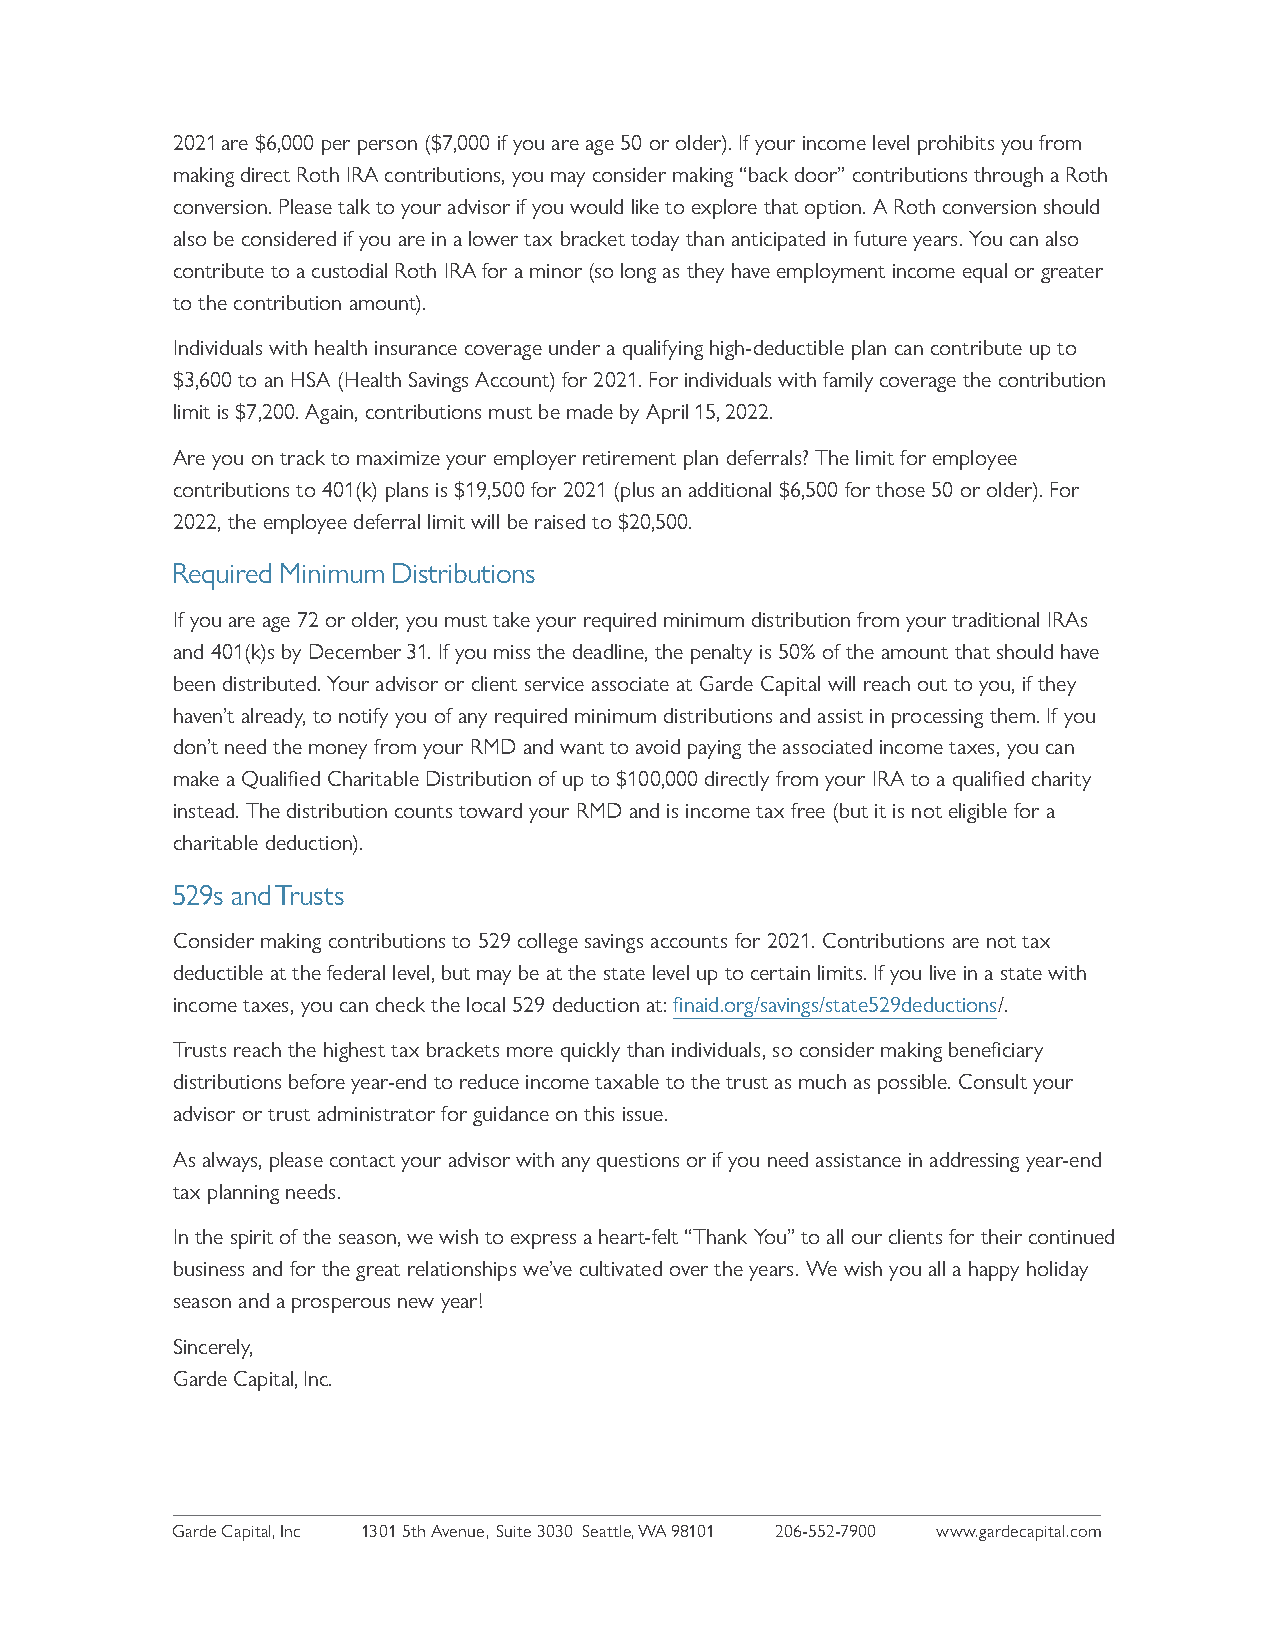
2021 are $6,000 per person ($7,000 if you are age 50 or older). If your income level prohibits you from
 making direct Roth IRA contributions, you may consider making “back door” contributions through a Roth
 conversion. Please talk to your advisor if you would like to explore that option. A Roth conversion should
 also be considered if you are in a lower tax bracket today than anticipated in future years. You can also
 contribute to a custodial Roth IRA for a minor (so long as they have employment income equal or greater
 to the contribution amount).
 Individuals with health insurance coverage under a qualifying high-deductible plan can contribute up to
 $3,600 to an HSA (Health Savings Account) for 2021. For individuals with family coverage the contribution
 limit is $7,200. Again, contributions must be made by April 15, 2022.
 Are you on track to maximize your employer retirement plan deferrals? The limit for employee
 contributions to 401(k) plans is $19,500 for 2021 (plus an additional $6,500 for those 50 or older). For
 2022, the employee deferral limit will be raised to $20,500.
 Required Minimum Distributions
 If you are age 72 or older, you must take your required minimum distribution from your traditional IRAs
 and 401(k)s by December 31. If you miss the deadline, the penalty is 50% of the amount that should have
 been distributed. Your advisor or client service associate at Garde Capital will reach out to you, if they
 haven’t already, to notify you of any required minimum distributions and assist in processing them. If you
 don’t need the money from your RMD and want to avoid paying the associated income taxes, you can
 make a Qualified Charitable Distribution of up to $100,000 directly from your IRA to a qualified charity
 instead. The distribution counts toward your RMD and is income tax free (but it is not eligible for a
 charitable deduction).
 529s and Trusts
 Consider making contributions to 529 college savings accounts for 2021. Contributions are not tax
 deductible at the federal level, but may be at the state level up to certain limits. If you live in a state with
 income taxes, you can check the local 529 deduction at: finaid.org/savings/state529deductions/.
 Trusts reach the highest tax brackets more quickly than individuals, so consider making beneficiary
 distributions before year-end to reduce income taxable to the trust as much as possible. Consult your
 advisor or trust administrator for guidance on this issue.
 As always, please contact your advisor with any questions or if you need assistance in addressing year-end
 tax planning needs.
 In the spirit of the season, we wish to express a heart-felt “Thank You” to all our clients for their continued
 business and for the great relationships we’ve cultivated over the years. We wish you all a happy holiday
 season and a prosperous new year!
 Sincerely,
 Garde Capital, Inc.
 Garde Capital, Inc 1301 5th Avenue, Suite 3030 Seattle, WA 98101 206-552-7900 www.gardecapital.com